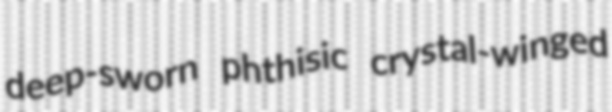
deep-sworn phthisic crystal-winged